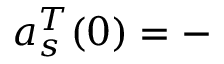
a _ { s } ^ { T } ( 0 ) = -